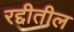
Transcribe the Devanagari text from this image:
रद्दीतील